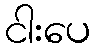
ငါးပေ